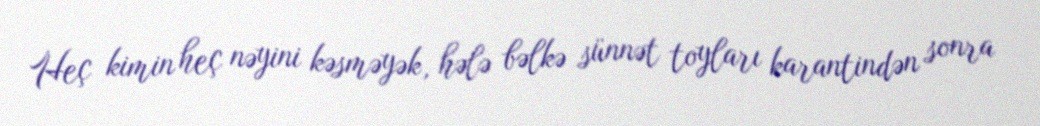
Heç kimin heç nəyini kəsməyək, hələ bəlkə sünnət toyları karantindən sonra